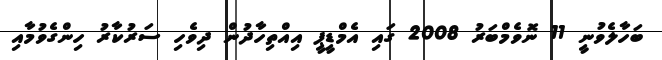
ބަހާލެވުނީ 11 ނޮވެމްބަރު 2008 ގައި އެމްޑީޕީ އިއްތިހާދުން ދިވެހި ސަރުކާރު ހިންގެވުމާއި